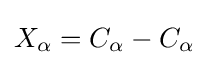
X_{\alpha }=C_{\alpha }-C_{\alpha }